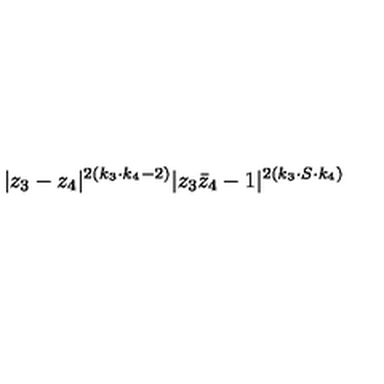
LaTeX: | z _ { 3 } - z _ { 4 } | ^ { 2 ( k _ { 3 } \cdot k _ { 4 } - 2 ) } | z _ { 3 } \bar { z } _ { 4 } - 1 | ^ { 2 ( k _ { 3 } \cdot S \cdot k _ { 4 } ) }